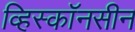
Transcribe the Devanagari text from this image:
व्हिस्कॉनसीन